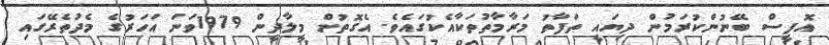
އޮފީސް ބޭނުންކުރަމުން ދިޔައީ ތަފާތު މަރާމާތުތަކާއެކުގައެވެ. އެގޮތުން މީލާދީން 1979ވަނަ އަހަރުގެ މެދުތެރޭގައި